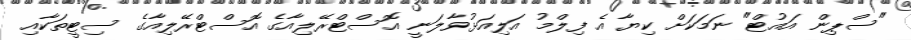
"ސްޕިން އައުޓް" ނަަމަކަށް ކިޔާ އެ ފިލްމު އަލިއަޅުވާލަނީ އޮސްޓްރޭލިއާގެ އޮސްޓްރޭލިއާގެ ސިޓީތަކާއި